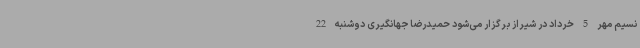
نسیم مهر 5 خرداد در شیراز برگزار می‌شود حمیدرضا جهانگیری دوشنبه 22